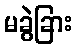
မခွဲခြား